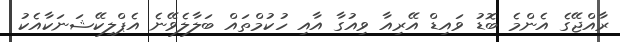
ރާއްޖޭގެ އެންމެ ބޮޑު ވައިޑް އޭރިއާ ވިއުގާ އާއި ހުކުމްތައް ބަލާލެވޭނެ އެޕްލިކޭޝަނަކާއެކު